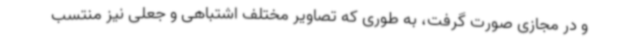
و در مجازی صورت گرفت، به طوری که تصاویر مختلف اشتباهی و جعلی نیز منتسب